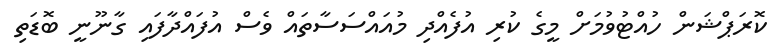
ކޮރަޕްޝަން ހުއްޓުވުމަށް މީގެ ކުރި އުފެއްދި މުއައްސަސާތައް ވެސް އުފައްދާފައި ގާނޫނީ ބޮޑަތި